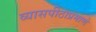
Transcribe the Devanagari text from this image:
व्यासपीठाप्रमाणे